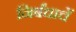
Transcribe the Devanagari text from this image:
निर्बंधाचें